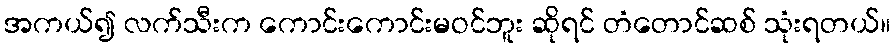
အကယ်၍ လက်သီးက ကောင်းကောင်းမဝင်ဘူး ဆိုရင် တံတောင်ဆစ် သုံးရတယ်။